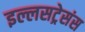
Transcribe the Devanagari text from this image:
इल्लसट्रेसंस